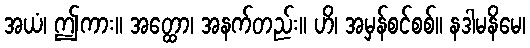
အယံ၊ ဤကား။ အတ္ထော၊ အနက်တည်း။ ဟိ၊ အမှန်စင်စစ်။ နဒါမနိမေ၊